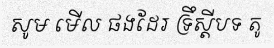
សូម មើល ផងដែរ ទ្រឹស្តីបទ តូ